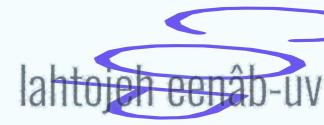
lahtojeh eenâb-uv